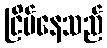
ငြိမ်နေသည်